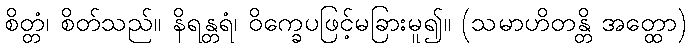
စိတ္တံ၊ စိတ်သည်။ နိရန္တရံ၊ ဝိက္ခေပဖြင့်မခြားမူ၍။ (သမာဟိတန္တိ အတ္ထော)